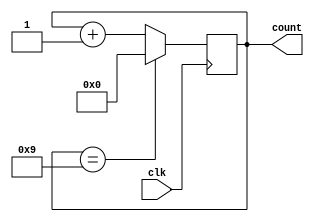
module bcd_counter(
    input wire clk,
    output reg [3:0] count
);

always @(posedge clk) begin
    if (count == 4'b1001) begin
        count <= 4'b0000;
    end else begin
        count <= count + 4'b0001;
    end
end

endmodule